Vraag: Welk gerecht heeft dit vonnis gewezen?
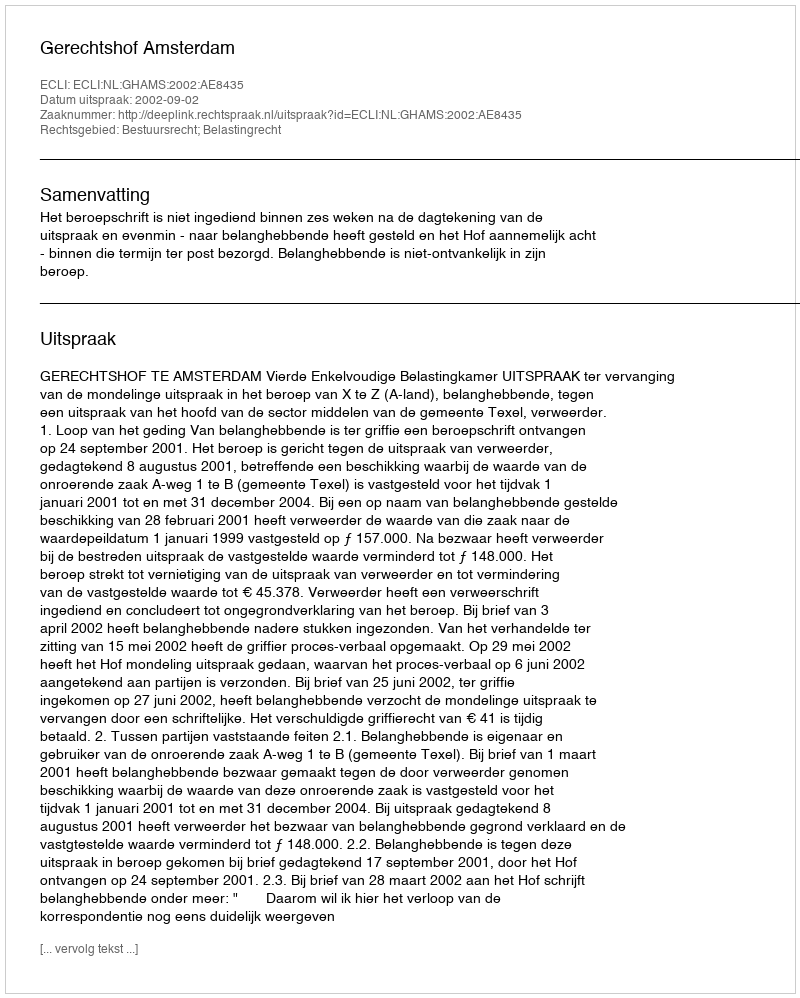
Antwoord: Gerechtshof Amsterdam